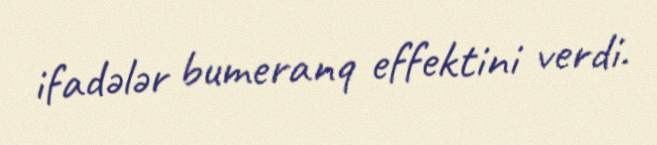
ifadələr bumeranq effektini verdi.